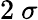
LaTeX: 2~\sigma